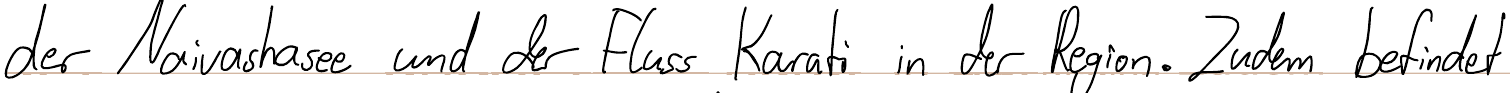
der Naivashasee und der Fluss Karati in der Region. Zudem befindet